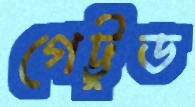
গেট্টুড